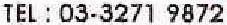
TEL : 03-3271 9872